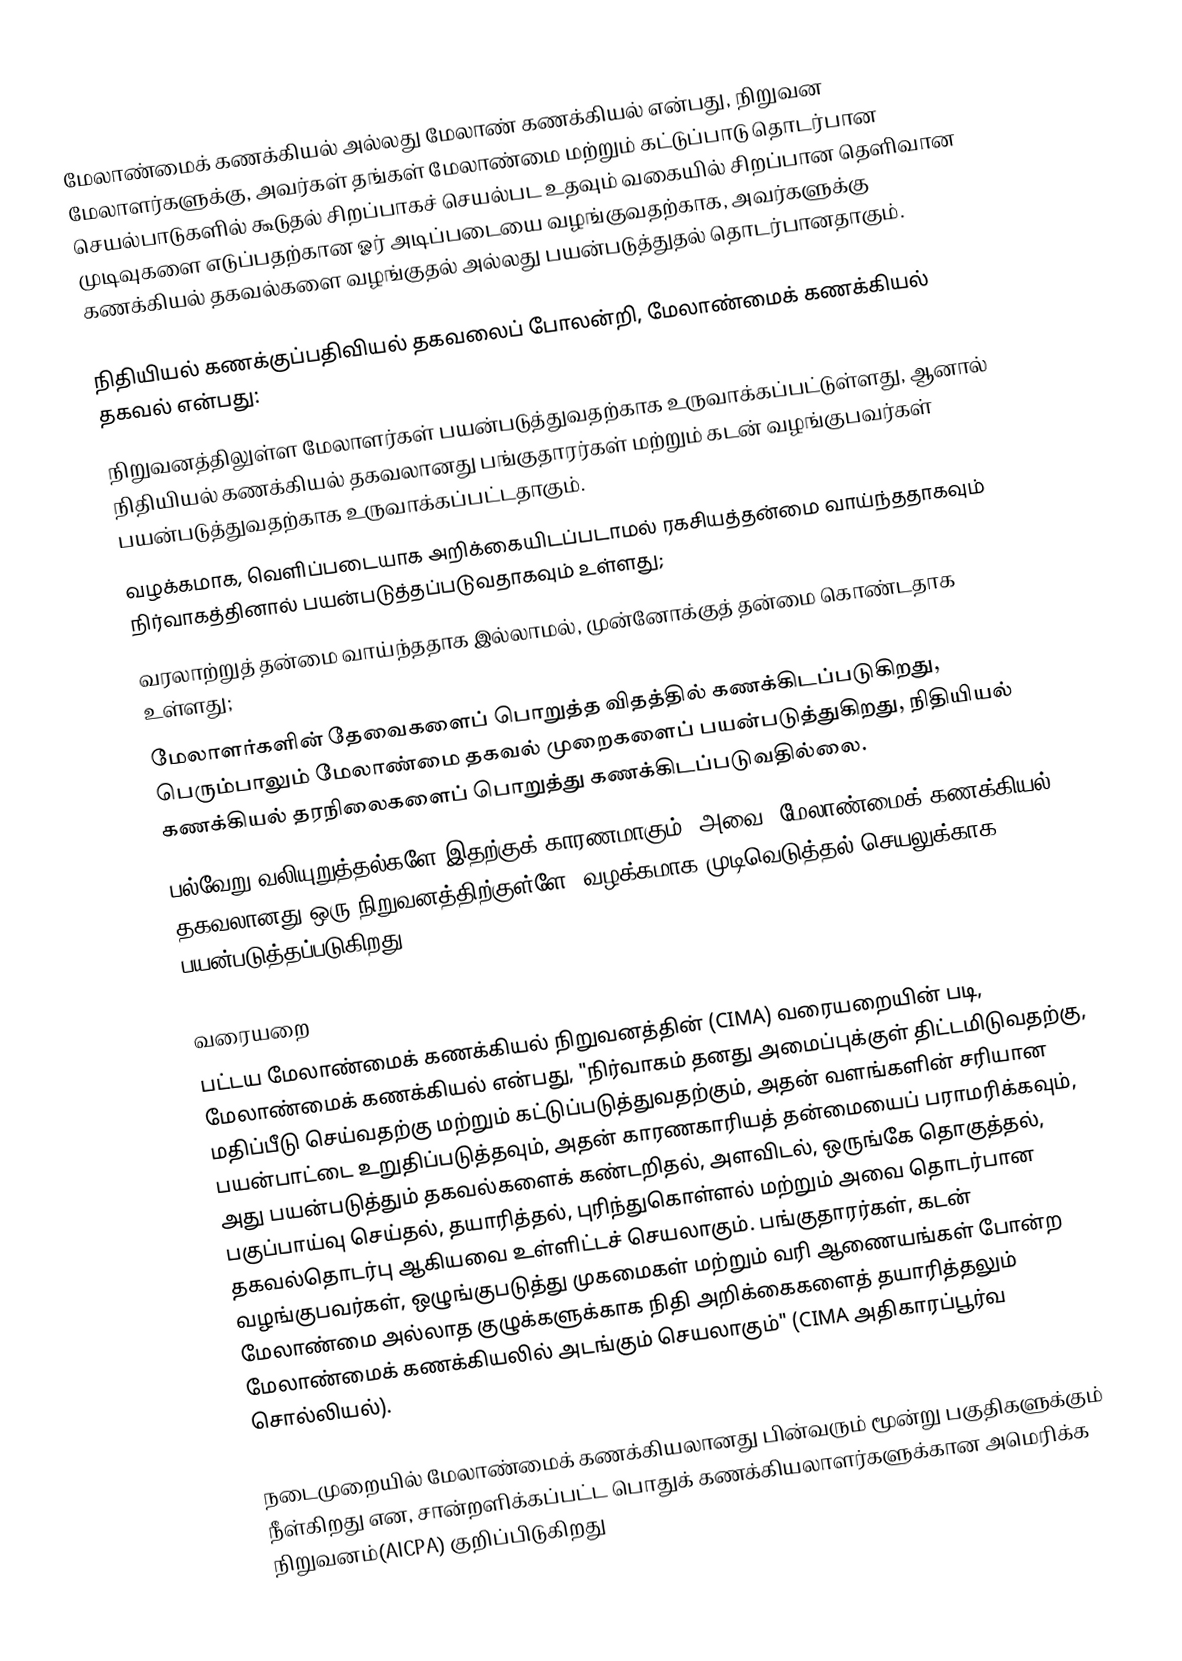
மேலாண்மைக் கணக்கியல் அல்லது மேலாண் கணக்கியல் என்பது, நிறுவன மேலாளர்களுக்கு, அவர்கள் தங்கள் மேலாண்மை மற்றும் கட்டுப்பாடு தொடர்பான செயல்பாடுகளில் கூடுதல் சிறப்பாகச் செயல்பட உதவும் வகையில் சிறப்பான தெளிவான முடிவுகளை எடுப்பதற்கான ஓர் அடிப்படையை வழங்குவதற்காக, அவர்களுக்கு கணக்கியல் தகவல்களை வழங்குதல் அல்லது பயன்படுத்துதல் தொடர்பானதாகும்.

நிதியியல் கணக்குப்பதிவியல் தகவலைப் போலன்றி, மேலாண்மைக் கணக்கியல் தகவல் என்பது:
 நிறுவனத்திலுள்ள மேலாளர்கள் பயன்படுத்துவதற்காக உருவாக்கப்பட்டுள்ளது, ஆனால் நிதியியல் கணக்கியல் தகவலானது பங்குதாரர்கள் மற்றும் கடன் வழங்குபவர்கள் பயன்படுத்துவதற்காக உருவாக்கப்பட்டதாகும்.
 வழக்கமாக, வெளிப்படையாக அறிக்கையிடப்படாமல் ரகசியத்தன்மை வாய்ந்ததாகவும் நிர்வாகத்தினால் பயன்படுத்தப்படுவதாகவும் உள்ளது;
 வரலாற்றுத் தன்மை வாய்ந்ததாக இல்லாமல், முன்னோக்குத் தன்மை கொண்டதாக உள்ளது;
 மேலாளர்களின் தேவைகளைப் பொறுத்த விதத்தில் கணக்கிடப்படுகிறது, பெரும்பாலும் மேலாண்மை தகவல் முறைகளைப் பயன்படுத்துகிறது, நிதியியல் கணக்கியல் தரநிலைகளைப் பொறுத்து கணக்கிடப்படுவதில்லை.
பல்வேறு வலியுறுத்தல்களே இதற்குக் காரணமாகும், அவை: மேலாண்மைக் கணக்கியல் தகவலானது ஒரு நிறுவனத்திற்குள்ளே, வழக்கமாக முடிவெடுத்தல் செயலுக்காக பயன்படுத்தப்படுகிறது.

வரையறை
பட்டய மேலாண்மைக் கணக்கியல் நிறுவனத்தின் (CIMA) வரையறையின் படி, மேலாண்மைக் கணக்கியல் என்பது, "நிர்வாகம் தனது அமைப்புக்குள் திட்டமிடுவதற்கு, மதிப்பீடு செய்வதற்கு மற்றும் கட்டுப்படுத்துவதற்கும், அதன் வளங்களின் சரியான பயன்பாட்டை உறுதிப்படுத்தவும், அதன் காரணகாரியத் தன்மையைப் பராமரிக்கவும், அது பயன்படுத்தும் தகவல்களைக் கண்டறிதல், அளவிடல், ஒருங்கே தொகுத்தல், பகுப்பாய்வு செய்தல், தயாரித்தல், புரிந்துகொள்ளல் மற்றும் அவை தொடர்பான தகவல்தொடர்பு ஆகியவை உள்ளிட்டச் செயலாகும். பங்குதாரர்கள், கடன் வழங்குபவர்கள், ஒழுங்குபடுத்து முகமைகள் மற்றும் வரி ஆணையங்கள் போன்ற மேலாண்மை அல்லாத குழுக்களுக்காக நிதி அறிக்கைகளைத் தயாரித்தலும் மேலாண்மைக் கணக்கியலில் அடங்கும் செயலாகும்" (CIMA அதிகாரப்பூர்வ சொல்லியல்).

நடைமுறையில் மேலாண்மைக் கணக்கியலானது பின்வரும் மூன்று பகுதிகளுக்கும் நீள்கிறது என, சான்றளிக்கப்பட்ட பொதுக் கணக்கியலாளர்களுக்கான அமெரிக்க நிறுவனம்(AICPA) குறிப்பிடுகிறது